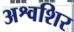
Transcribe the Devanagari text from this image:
अश्वशिर